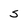
Character: s